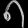
Digit: ၈